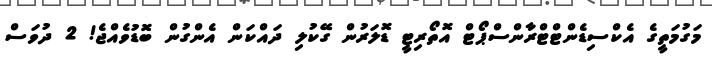
މަގުމަތީގެ އެކްސިޑެންޓްޓްރާންސްޕޯޓް އޮތޯރިޓީ ޑޮލަރުން ގޭކުލި ދައްކަން އެންގުން ބޮޑުވެއްޖެ! 2 ދުވަސް